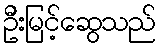
ဦးမြင့်ဆွေသည်